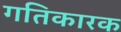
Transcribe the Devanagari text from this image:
गतिकारक